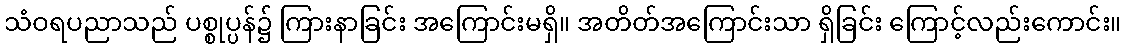
သံဝရပညာသည် ပစ္စုပ္ပန်၌ ကြားနာခြင်း အကြောင်းမရှိ။ အတိတ်အကြောင်းသာ ရှိခြင်း ကြောင့်လည်းကောင်း။